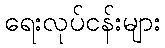
ရေးလုပ်ငန်းများ